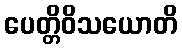
ပေတ္တိဝိသယောတိ